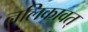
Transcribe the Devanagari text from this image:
नलिकावत्‌